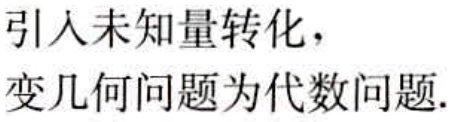
引入未知量转化，
变几何问题为代数问题.